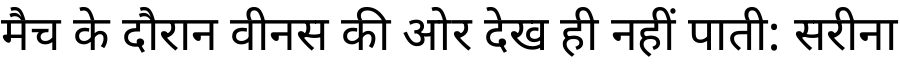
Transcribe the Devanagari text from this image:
मैच के दौरान वीनस की ओर देख ही नहीं पाती: सरीना